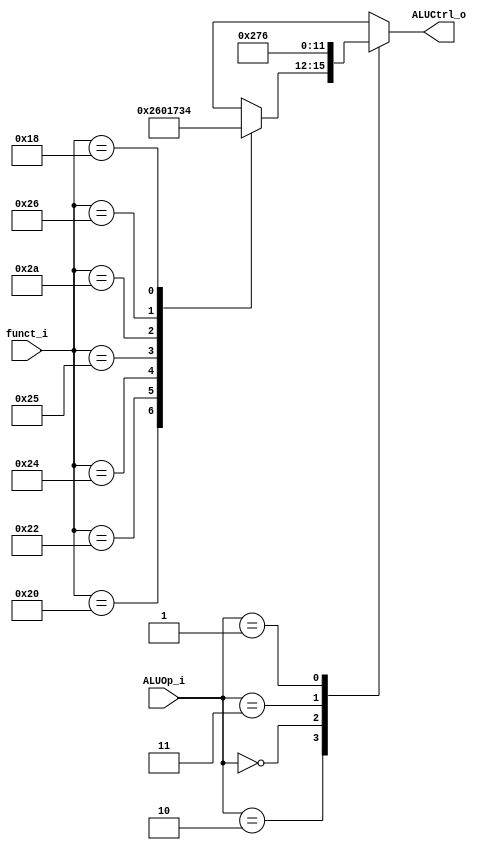
// 110550108
//Subject:     CO project 2 - ALU Controller
//--------------------------------------------------------------------------------
//Version:     1
//--------------------------------------------------------------------------------
//Writer:      
//----------------------------------------------
//Date:        
//----------------------------------------------
//Description: 
//--------------------------------------------------------------------------------

module ALU_Ctrl(
    funct_i,
    ALUOp_i,
    ALUCtrl_o
    );

//I/O ports 
input      [6-1:0] funct_i;
input      [2-1:0] ALUOp_i;

output     [4-1:0] ALUCtrl_o;    

//Internal Signals
reg        [4-1:0] ALUCtrl_o;

//Select exact operation
always @(ALUOp_i, funct_i) begin
    case (ALUOp_i)
        2'b10: // r-format
            case (funct_i)
                6'b100000: ALUCtrl_o <= 4'b0010;    // add
                6'b100010: ALUCtrl_o <= 4'b0110;    // sub
                6'b100100: ALUCtrl_o <= 4'b0000;    // and
                6'b100101: ALUCtrl_o <= 4'b0001;    // or
                6'b101010: ALUCtrl_o <= 4'b0111;    // slt
                6'b100110: ALUCtrl_o <= 4'b0011;    // xor
                6'b011000: ALUCtrl_o <= 4'b0100;    // mult
                default:   ALUCtrl_o <= 4'bxxxx;
            endcase
        2'b00:   ALUCtrl_o <= 4'b0010;   // addi, lw, sw
        2'b11:   ALUCtrl_o <= 4'b0111;   // slti
        2'b01:   ALUCtrl_o <= 4'b0110;   // beq
        default: ALUCtrl_o <= 4'bxxxx;
    endcase
end

endmodule